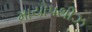
માયોપથીઝ